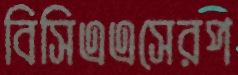
বিসিএএসেরপ